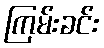
ကြမ်းခင်း